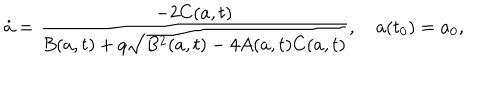
\dot { a } = \frac { - 2 C ( a , t ) } { B ( a , t ) + q \sqrt { B ^ { 2 } ( a , t ) - 4 A ( a , t ) C ( a , t ) } } , \quad a ( t _ { 0 } ) = a _ { 0 } ,